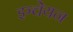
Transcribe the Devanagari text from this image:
इञ्चेयन